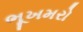
ભૂખમરો